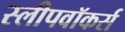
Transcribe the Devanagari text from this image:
स्लीपवॉकर्स